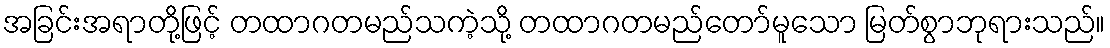
အခြင်းအရာတို့ဖြင့် တထာဂတမည်သကဲ့သို့ တထာဂတမည်တော်မူသော မြတ်စွာဘုရားသည်။